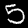
Label: 5